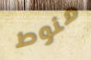
منوط